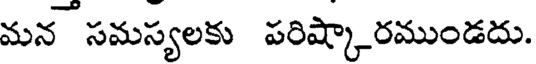
మన సమస్యలకు పరిష్కారముండదు.